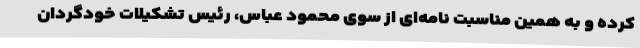
کرده و به همین مناسبت نامه‌ای از سوی محمود عباس، رئیس تشکیلات خودگردان